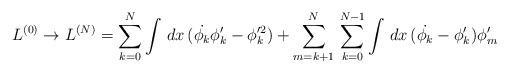
\begin{align*}L^{(0)}\rightarrow L^{(N)}=\sum_{k=0}^{N}\int\,dx\,(\dot{\phi_k}\phi_k'-\phi_k'^2)+\sum_{m=k+1}^{N}\,\sum_{k=0}^{N-1}\int\,dx\,(\dot{\phi_k}-\phi_k')\phi_m'\end{align*}